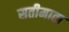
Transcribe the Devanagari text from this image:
सतीमाता